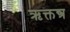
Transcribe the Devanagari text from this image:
ऋक्तन्त्र